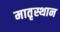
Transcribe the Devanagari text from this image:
मातृस्थान